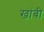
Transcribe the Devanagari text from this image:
खांबी